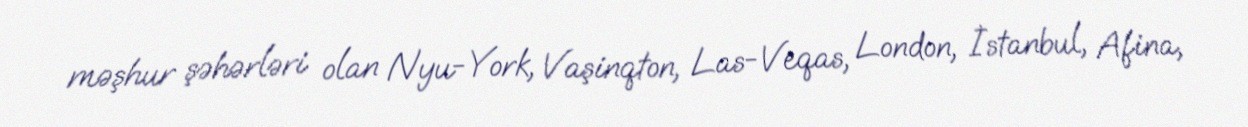
məşhur şəhərləri olan Nyu-York, Vaşinqton, Las-Veqas, London, İstanbul, Afina,